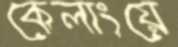
কেলাংয়ে